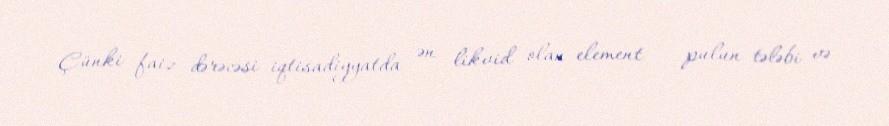
Çünki faiz dərəcəsi iqtisadiyyatda ən likvid olan element – pulun tələbi və